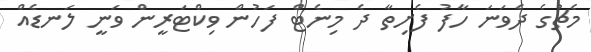
މެޗުގެ ދެވަނަ ހާފު ފެށިތާ ދެ މިނެޓް ފަހުން ވިކްޓަރީން ވަނީ ލަނޑެއް